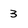
Character: 3